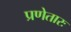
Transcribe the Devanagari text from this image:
प्रणेतारः